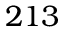
2 1 3